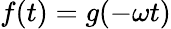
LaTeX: f(t)=g(-\omega t)